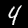
Digit: 4